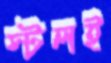
স্টলই